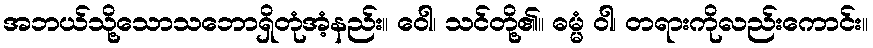
အဘယ်သို့သောသဘောရှိတုံအံ့နည်း။ ဝေါ၊ သင်တို့၏။ ဓမ္မံ ဝါ၊ တရားကိုလည်းကောင်း။